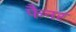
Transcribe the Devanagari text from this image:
फैनर